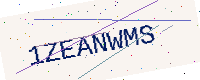
Text: 1ZEANWMS